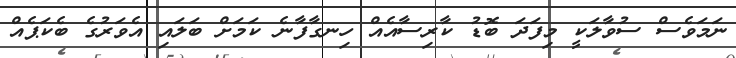
ނަމަވެސް ސުވާލަކީ މިފަދަ ބޮޑު ކާރިސާއެއް ހިނގާފާނެ ކަމަށް ބަލައި އެވަރުގެ ބެކަޕެއް